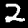
Digit: 2